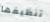
تنظيفها